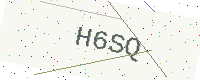
Text: H6SQ